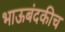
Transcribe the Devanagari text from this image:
भाऊबंदकीच